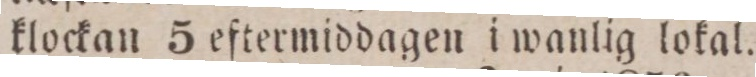
klockan 5 eftermiddagen i wanlig lokal.